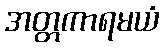
အတ္တကာရမယံ